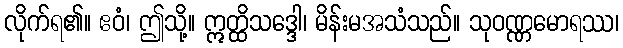
လိုက်ရ၏။ ဧဝံ၊ ဤသို့။ ဣတ္ထိသဒ္ဒေါ၊ မိန်းမအသံသည်။ သုဝဏ္ဏမောရဿ၊